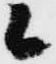
候